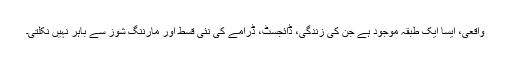
واقعی، ایسا ایک طبقہ موجود ہے جن کی زندگی، ڈائجسٹ، ڈرامے کی نئی قسط اور مارننگ شوز سے باہر نہیں نکلتی۔